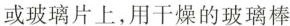
或玻璃片上，用干燥的玻璃棒